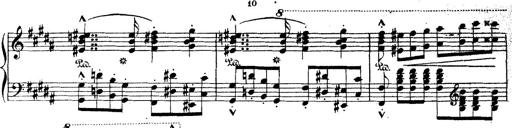
Title: Wagner-Liszt Album
Composer: Franz Liszt